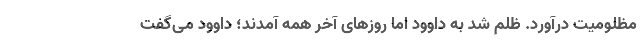
مظلومیت درآورد. ظلم شد به داوود اما روزهای آخر همه آمدند؛ داوود می‌گفت